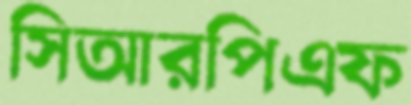
সিআরপিএফ